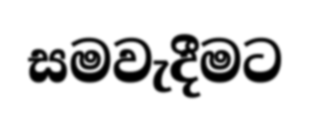
සමවැදීමට